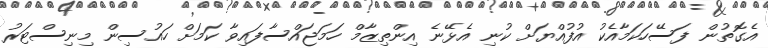
އެގޮތުން ފަސޭހަކަމާއެކު އުުފުއްޔަށް ކުނި އެޅޭނެ އިންތިޒާމް ހަމަޖައްސާފައިވާ ކަމަށް ހައުސިން މިނިސްޓަރު